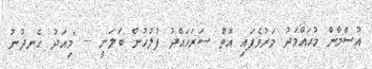
އުސްމާން މުޙައްމަދު މަރުވެފައި އޮތް ސަރަހައްދު ފުލުހުން ބަލަނީ -- "މިއަދު ހެނދުނު